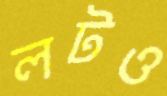
লটও